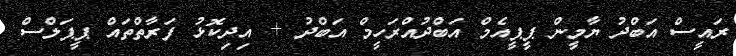
ރައީސް އަބްދު ޔާމީން ޕީޕީއެމް އަބްދުއްރަހީމް އަބްދު + އިދިކޮޅު ފަރާތްތައް ޕީޕަލްސް